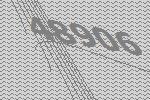
48906